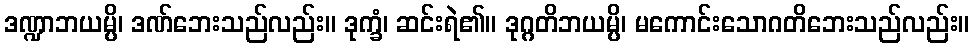
ဒဏ္ဍာဘယမ္ပိ၊ ဒဏ်ဘေးသည်လည်း။ ဒုက္ခံ၊ ဆင်းရဲ၏။ ဒုဂ္ဂတိဘယမ္ပိ၊ မကောင်းသောဂတိဘေးသည်လည်း။